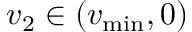
v _ { 2 } \in ( v _ { \operatorname* { m i n } } , 0 )